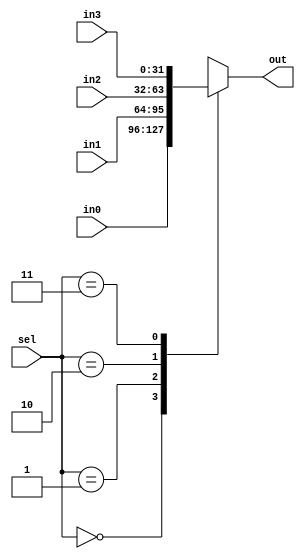
// 2016.06.28
// Project      : Ssmple MIPS 
// Creator(s)   : Yang, Yu-Xiang (M10412034@yuntech.edu.tw)
// 
//
//
//  Description: Ssmple MIPS to compare Out of execution
//  
module Mux4 #(parameter WIDTH = 32)(
input[1:0]sel,
input[(WIDTH-1):0]in0,in1,in2,in3,
output reg[(WIDTH-1):0] out
);

always@(*)
	begin
		case(sel)
		2'b00:out=in0;
		2'b01:out=in1;
		2'b10:out=in2;
		2'b11:out=in3;
		endcase
	end

endmodule